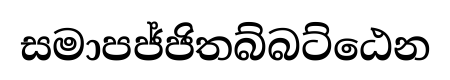
සමාපජ්ජිතබ්බට්ඨෙන